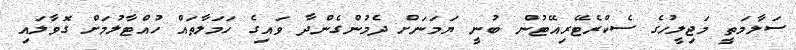
ސަލާމަތީ މަޖިލީހުގެ ސެކްރެޓޭރިއޭޓުން ބުނީ ޔަމަނަށް ދެމުންގެންދާ ވައިގެ ހަމަލާތައް ހުއްޓާލުމަށް ގޮވާލައި